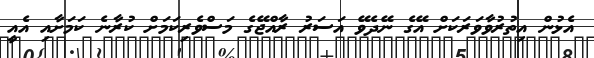
އެޅުން އިތުރުވާވަރަކަށް އޭގެ ނޭދެވޭ އަސަރު ރާއްޖޭގެ މަސްވެރިކަމަށް ކުރާނެ ކަމަށާއި އެއީ